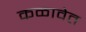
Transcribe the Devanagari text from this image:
कळावेत